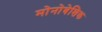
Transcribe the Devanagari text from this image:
मोनोबेशिक